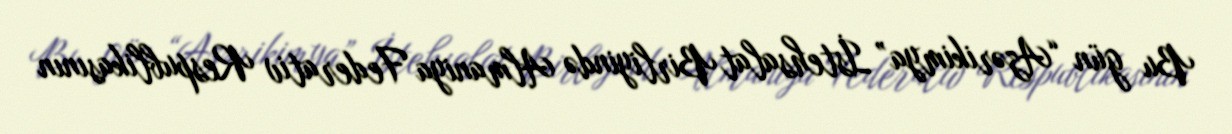
Bu gün “Azərikimya” İstehsalat Birliyində Almaniya Federativ Respublikasının